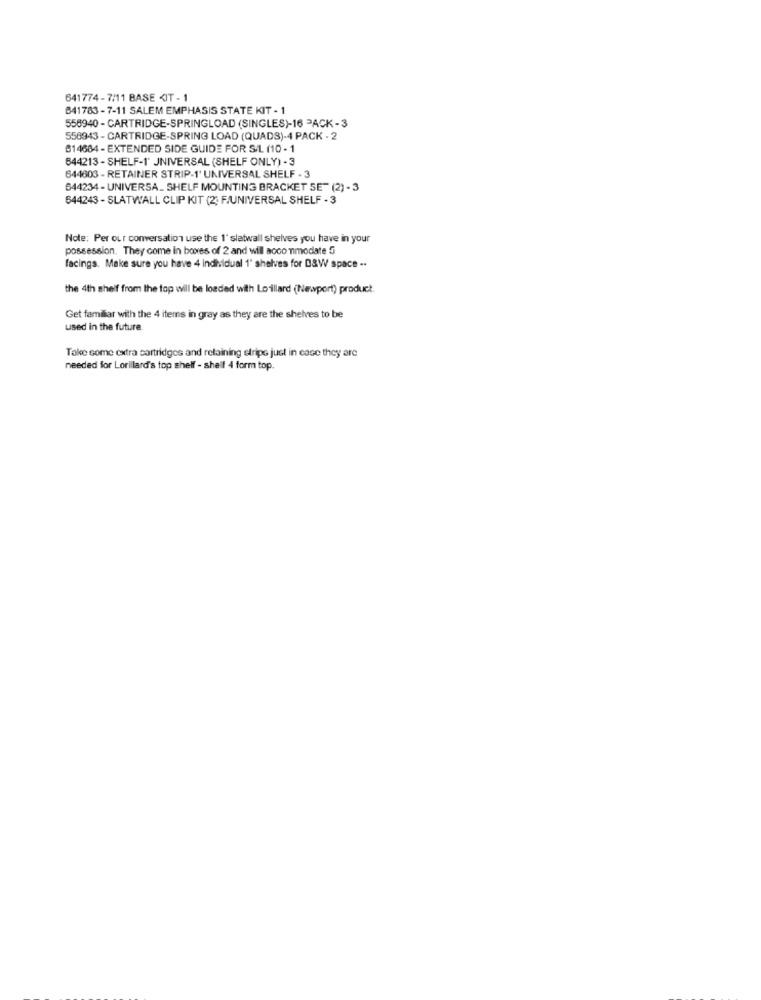
641774-7/11 BASE <IT - 1
641783- 7-11 SALEM EMPHASIS STATE KIT - 1
556940 - CARTRIDGE-SPRINGLOAD (SINGLES)-16 PACK - 3
558943 - CARTRIDGE-SPRING LOAD (QUADS)-4 PACK - 2
614684 - EXTENDED SIDE GUIDE FOR S-1. (10 - 1
644213 - SHELF-1' JNIVERSAL (SHELF ONLY) - 3
644603 - RETAINER STRIP-1' UNIVERSAL SHELF - 3
644234 - UNIVERSA_ SHELF MOUNTING BRACKET SE" (2) - 3
644243 - SLATWALL CLIP KIT (2: F/UNIVERSAL SHELF - 3
Note: Per our conversation use the 1' slatwall shelves you have in your
possession. They come in boxes of 2 and will accommodate 5
facings. Make sure you have 4 individual 1' shelves for D&W space -.
the 4th shelf from the top will be loaded with Lorillard (Newport) product.
Get familiar with the 4 items in gray as they are the shelves to be
used in the future.
Take some extra cartridges and retaining stripe just in case they are
needed for Lorillard's top shelf - shelf 4 form top.